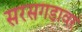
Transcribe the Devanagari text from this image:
सरसगडावर